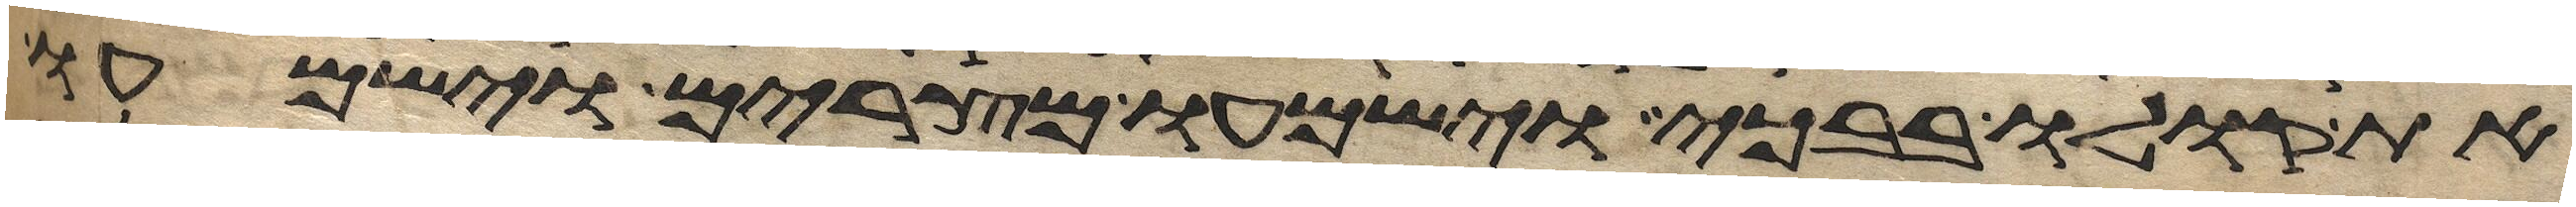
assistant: את קולו בבכי וישמעו מצרים וישמעו